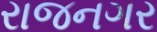
રાજનગર